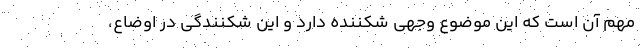
مهم آن است که این موضوع وجهی شکننده دارد و این شکنند‌گی در اوضاع،